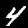
Label: 4